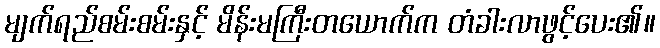
မျက်ရည်စမ်းစမ်းနှင့် မိန်းမကြီးတယောက်က တံခါးလာဖွင့်ပေး၏။